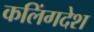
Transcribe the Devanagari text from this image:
कलिंगदेश